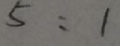
5 : 1